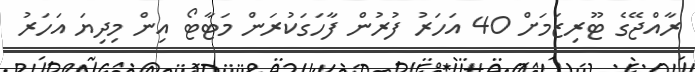
ރާއްޖޭގެ ޓޫރިޒަމަށް 40 އަހަރު ފުރުން ފާހަގަކުރަން މަޓާޓޯ އިން މިދިޔަ އަހަރު